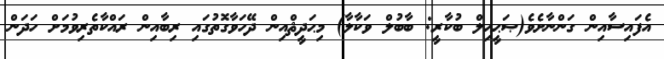
އެފައިސާއިން ގަންނާށެވެ(ޞަޙީޙިލް ބުކާރީ: ބާބުލް ވަކާލާ) މިޙަދީޘްއިން ދޭހަވާގޮތުގައި ރިބާއިން ރައްކާތެރިވުމަށް ހަދަން